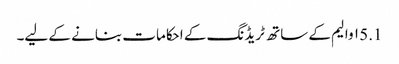
5.1 ۱ والیم کے ساتھ ٹریڈنگ کے احکامات بنانے کے لیے۔